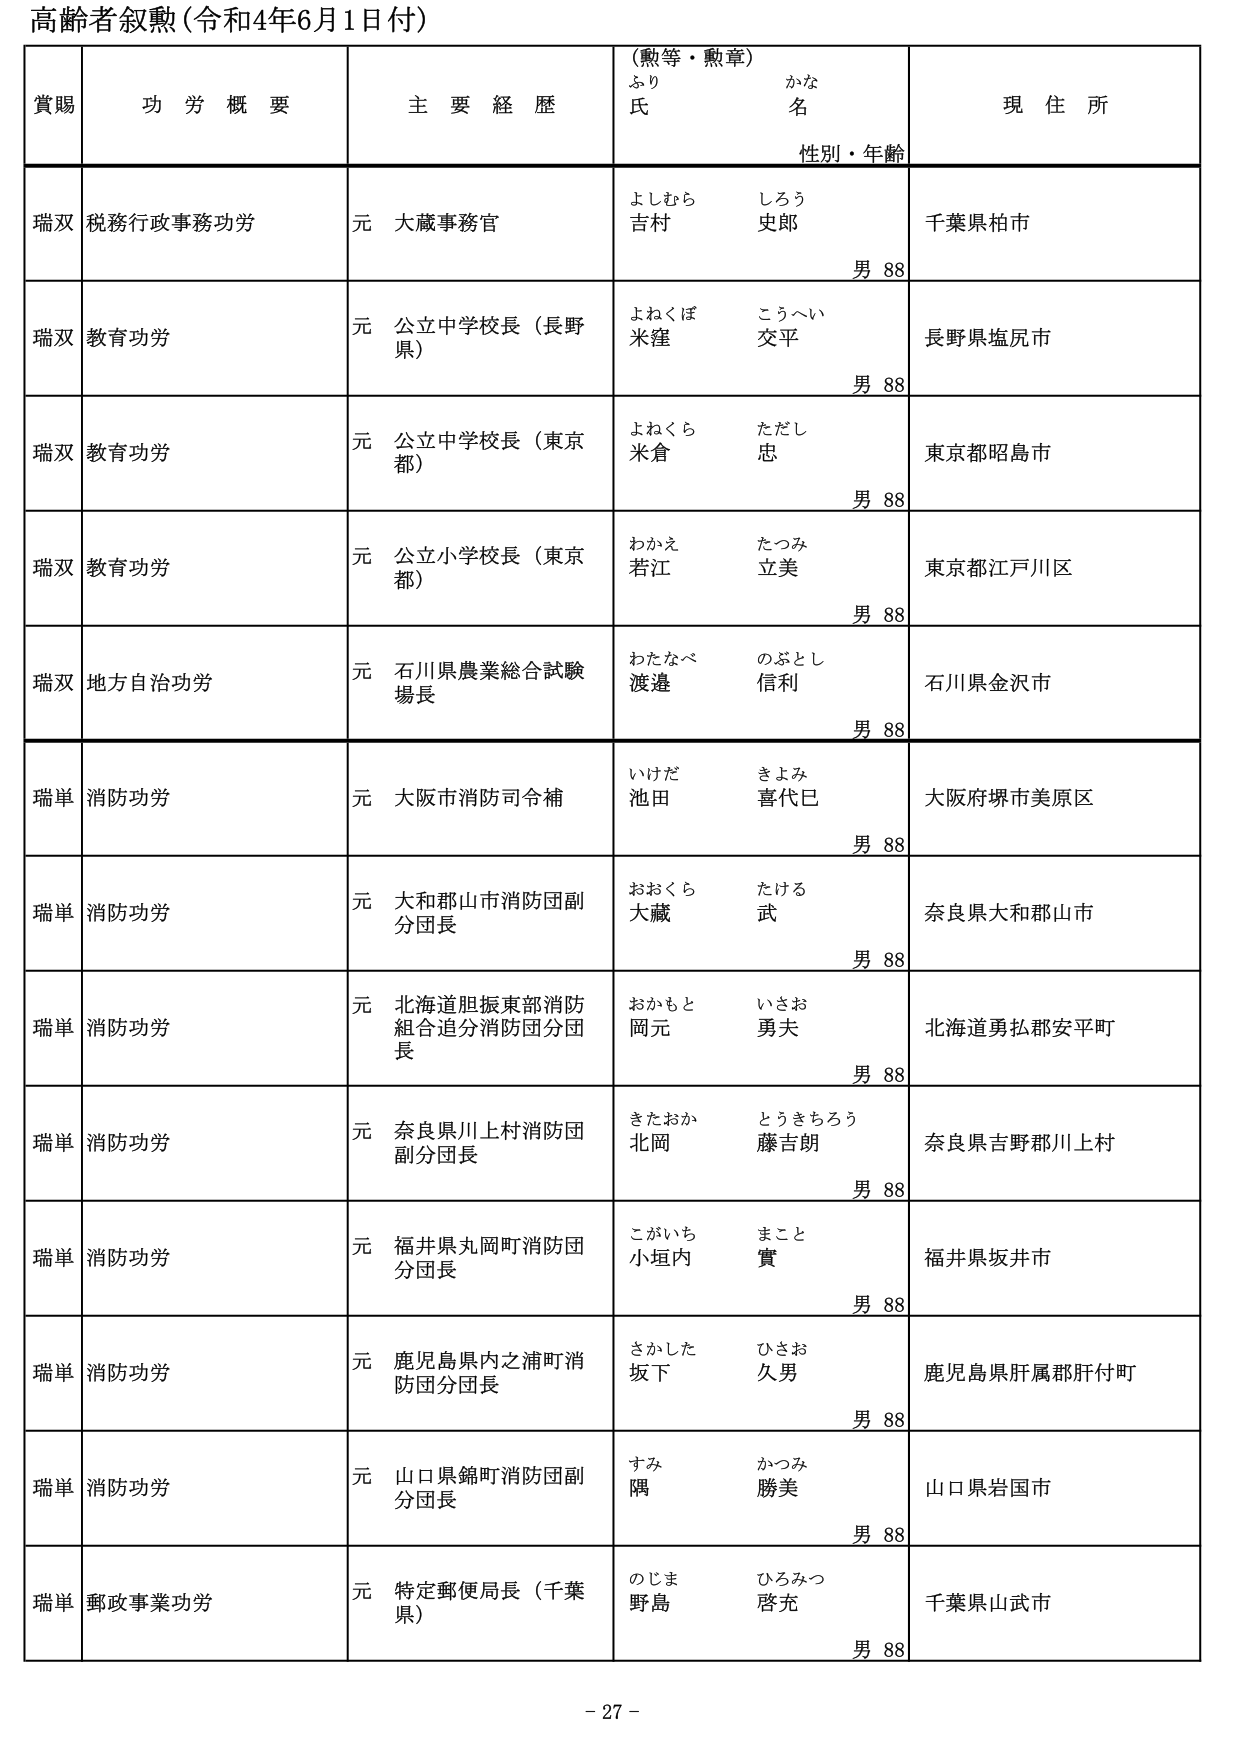
高齢者叙勲（令和4年6月1日付）

賞賜　　功労概要　　主要経歴　　（勲等・勲章）　　現住所
　　　　　　　　　　　　　　ふり　　かな
　　　　　　　　　　　　　　氏　　　名
　　　　　　　　　　　　　　性別・年齢

瑞双　税務行政事務功労　　元　大蔵事務官　　よしむら　しろう　　千葉県柏市
　　　　　　　　　　　　　　　　　　　　　　吉村　史郎　　　　　　男 88

瑞双　教育功労　　　　　　元　公立中学校長（長野県）　　よねくぼ　こうへい　　長野県塩尻市
　　　　　　　　　　　　　　　　　　　　　　　　　　　　米窪　交平　　　　　　男 88

瑞双　教育功労　　　　　　元　公立中学校長（東京都）　　よねくら　ただし　　東京都昭島市
　　　　　　　　　　　　　　　　　　　　　　　　　　　　米倉　忠　　　　　　男 88

瑞双　教育功労　　　　　　元　公立小学校長（東京都）　　わかえ　たつみ　　東京都江戸川区
　　　　　　　　　　　　　　　　　　　　　　　　　　　　若江　立美　　　　　　男 88

瑞双　地方自治功労　　　　元　石川県農業総合試験場長　　わたなべ　のぶとし　　石川県金沢市
　　　　　　　　　　　　　　　　　　　　　　　　　　　　渡邉　信利　　　　　　男 88

瑞単　消防功労　　　　　　元　大阪市消防司令補　　いけだ　きよみ　　大阪府堺市美原区
　　　　　　　　　　　　　　　　　　　　　　　　　　池田　喜代巳　　　　　　男 88

瑞単　消防功労　　　　　　元　大和郡山市消防団副分団長　　おおくら　たける　　奈良県大和郡山市
　　　　　　　　　　　　　　　　　　　　　　　　　　大蔵　武　　　　　　男 88

瑞単　消防功労　　　　　　元　北海道胆振東部消防組合追分消防団分団長　　おかもと　いさお　　北海道勇払郡安平町
　　　　　　　　　　　　　　　　　　　　　　　　　　　　　　　　　　岡元　勇夫　　　　　　男 88

瑞単　消防功労　　　　　　元　奈良県川上村消防団副分団長　　きたおか　とうきちろう　　奈良県吉野郡川上村
　　　　　　　　　　　　　　　　　　　　　　　　　　　　　　　　　　北岡　藤吉朗　　　　　　男 88

瑞単　消防功労　　　　　　元　福井県丸岡町消防団分団長　　こがいち　まこと　　福井県坂井市
　　　　　　　　　　　　　　　　　　　　　　　　　　　　小垣内　實　　　　　　男 88

瑞単　消防功労　　　　　　元　鹿児島県内之浦町消防団分団長　　さかした　ひさお　　鹿児島県肝属郡肝付町
　　　　　　　　　　　　　　　　　　　　　　　　　　　　　　　　　　坂下　久男　　　　　　男 88

瑞単　消防功労　　　　　　元　山口県錦町消防団副分団長　　すみ　かつみ　　山口県岩国市
　　　　　　　　　　　　　　　　　　　　　　　　　　　　隅　勝美　　　　　　男 88

瑞単　郵政事業功労　　　　元　特定郵便局長（千葉県）　　のじま　ひろみつ　　千葉県山武市
　　　　　　　　　　　　　　　　　　　　　　　　　　　　野島　啓充　　　　　　男 88

- 27 -